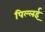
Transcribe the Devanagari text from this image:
पिल्‍लई